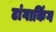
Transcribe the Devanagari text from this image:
टांगाकिंग